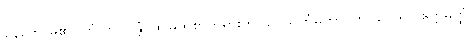
နေတော်မူ၏။ တံ ဘဂဝန္တံ၊ ထိုမြတ်စွာဘုရားကို။ ဥပသင်္ကမိတွာ၊ ကပ်လေ၍။ ဧတ္တမတ္ထံ၊